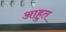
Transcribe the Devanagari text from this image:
आहुत